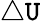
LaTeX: \triangle\mathtt{U}